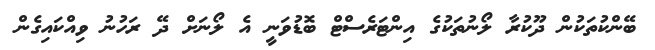
ބޭންކުތަކުން ދޫކުރާ ލޯނުތަކުގެ އިންޓަރެސްޓް ބޮޑުވަނީ އެ ލޯނަށް ދޭ ރަހުނު ވިއްކައިގެން